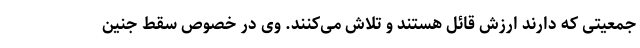
جمعیتی که دارند ارزش قائل هستند و تلاش می‌کنند. وی در خصوص سقط جنین